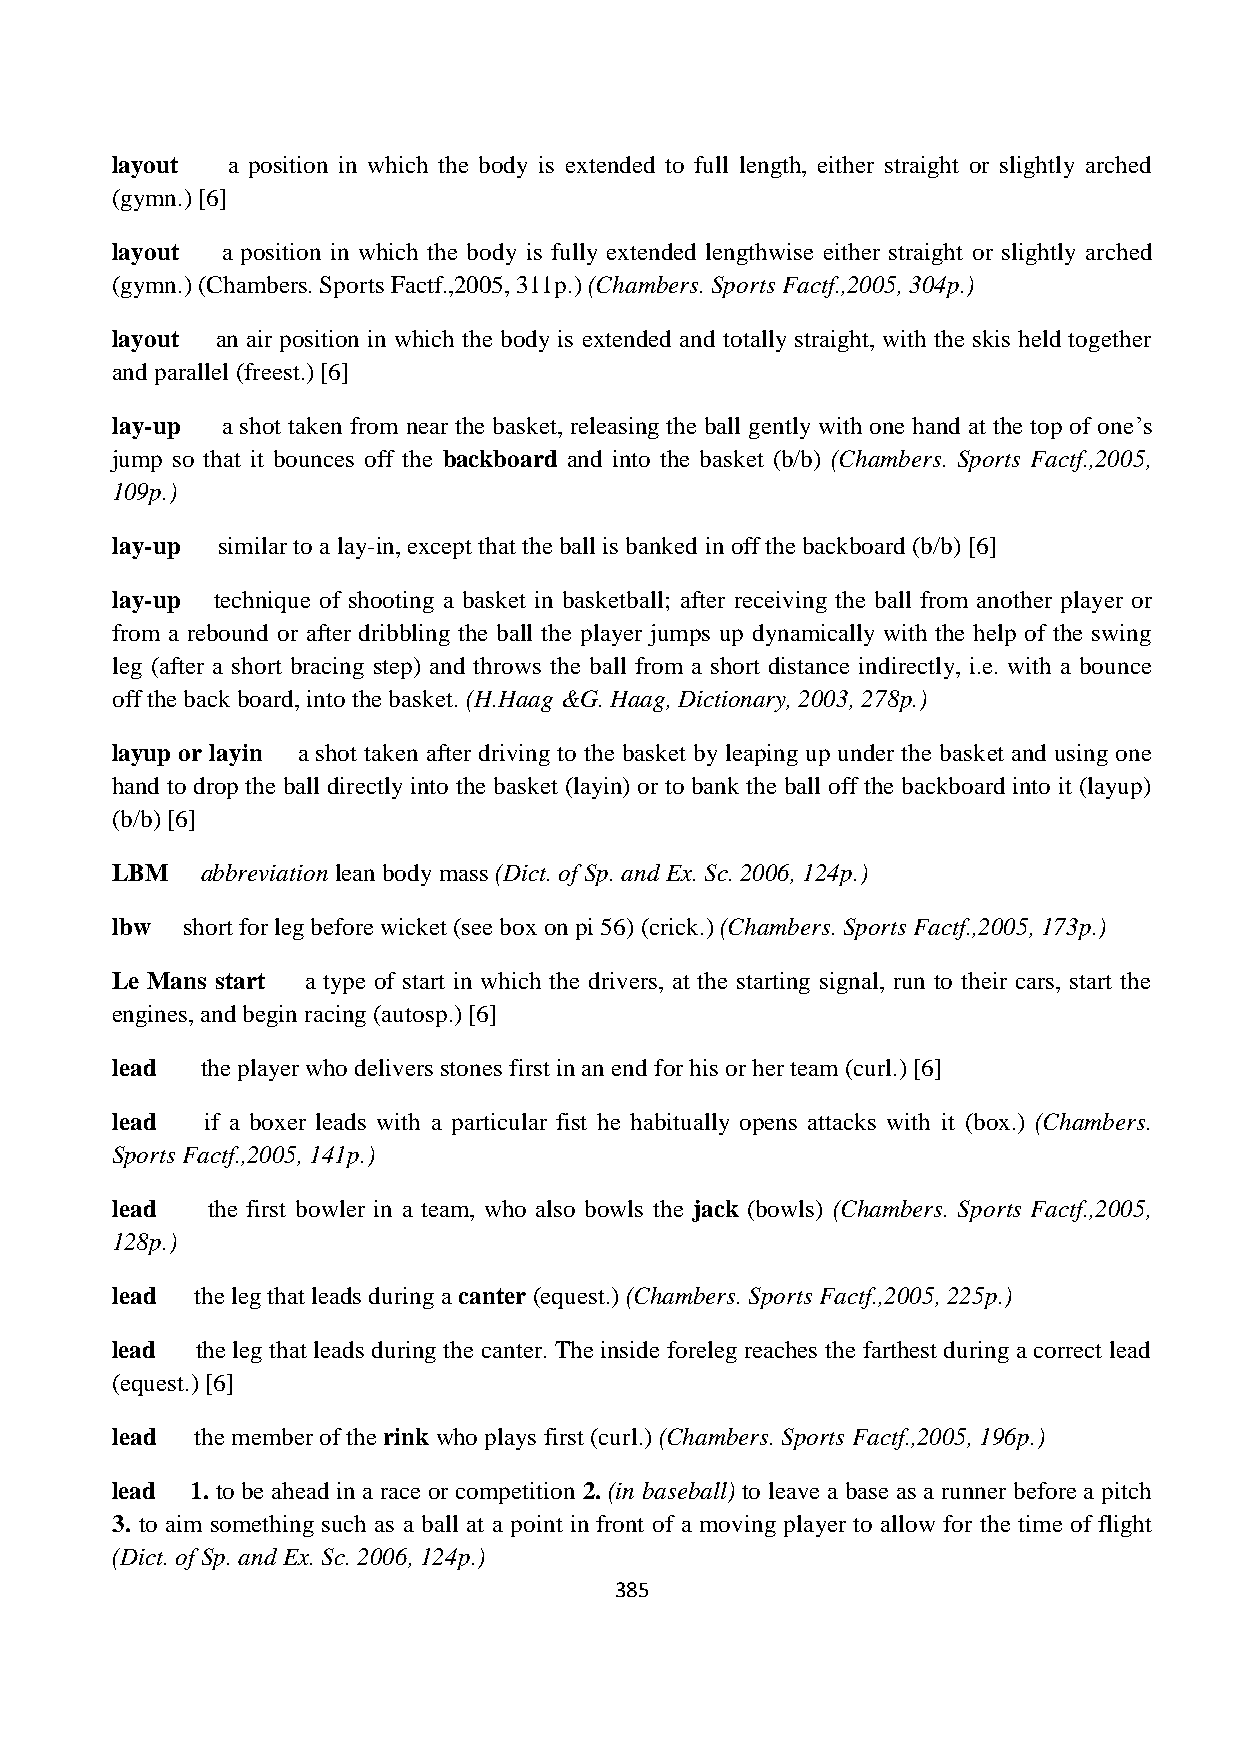
layout  a position in which the body is extended to full length, either straight or slightly arched
 (gymn.) [6]
 layout  a position in which the body is fully extended lengthwise either straight or slightly arched
 (gymn.) (Chambers. Sports Factf.,2005, 311p.) (Chambers. Sports Factf.,2005, 304p.)
 layout an air position in which the body is extended and totally straight, with the skis held together
 and parallel (freest.) [6]
 lay-up  a shot taken from near the basket, releasing the ball gently with one hand at the top of one‟s
 jump so that it bounces off the backboard and into the basket (b/b) (Chambers. Sports Factf.,2005,
 109p.)
 lay-up similar to a lay-in, except that the ball is banked in off the backboard (b/b) [6]
 lay-up technique of shooting a basket in basketball; after receiving the ball from another player or
 from a rebound or after dribbling the ball the player jumps up dynamically with the help of the swing
 leg (after a short bracing step) and throws the ball from a short distance indirectly, i.e. with a bounce
 off the back board, into the basket. (H.Haag &G. Haag, Dictionary, 2003, 278p.)
 layup or layin a shot taken after driving to the basket by leaping up under the basket and using one
 hand to drop the ball directly into the basket (layin) or to bank the ball off the backboard into it (layup)
 (b/b) [6]
 LBM   abbreviation lean body mass (Dict. of Sp. and Ex. Sc. 2006, 124p.)
 lbw  short for leg before wicket (see box on pi 56) (crick.) (Chambers. Sports Factf.,2005, 173p.)
 Le Mans start a type of start in which the drivers, at the starting signal, run to their cars, start the
 engines, and begin racing (autosp.) [6]
 lead  the player who delivers stones first in an end for his or her team (curl.) [6]
 lead   if a boxer leads with a particular fist he habitually opens attacks with it (box.) (Chambers.
 Sports Factf.,2005, 141p.)
 lead   the first bowler in a team, who also bowls the jack (bowls) (Chambers. Sports Factf.,2005,
 128p.)
 lead  the leg that leads during a canter (equest.) (Chambers. Sports Factf.,2005, 225p.)
 lead  the leg that leads during the canter. The inside foreleg reaches the farthest during a correct lead
 (equest.) [6]
 lead  the member of the rink who plays first (curl.) (Chambers. Sports Factf.,2005, 196p.)
 lead  1. to be ahead in a race or competition 2. (in baseball) to leave a base as a runner before a pitch
 3. to aim something such as a ball at a point in front of a moving player to allow for the time of flight
 (Dict. of Sp. and Ex. Sc. 2006, 124p.)
 385